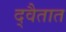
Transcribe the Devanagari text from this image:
द्वैतात